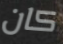
كان